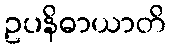
ဥပနိဓာယာတိ